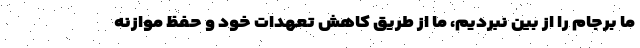
ما برجام را از بین نبردیم، ما از طریق کاهش‌ تعهدات خود و حفظ موازنه